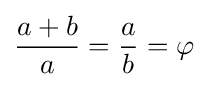
{\frac {a+b}{a}}={\frac {a}{b}}=\varphi